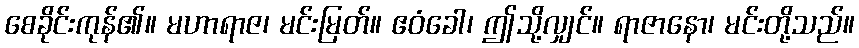
စေခိုင်းကုန်၏။ မဟာရာဇ၊ မင်းမြတ်။ ဧဝံခေါ၊ ဤသို့လျှင်။ ရာဇာနော၊ မင်းတို့သည်။